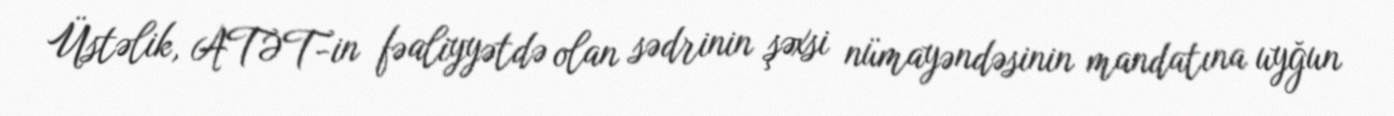
Üstəlik, ATƏT-in fəaliyyətdə olan sədrinin şəxsi nümayəndəsinin mandatına uyğun